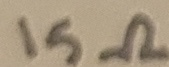
Text: 15Ω